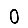
Digit: 0